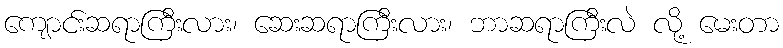
ကျောင်းဆရာကြီးလား၊ ဆေးဆရာကြီးလား၊ ဘာဆရာကြီးလဲ လို့ မေးတာ